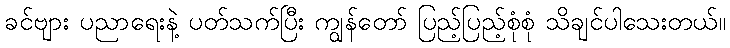
ခင်ဗျား ပညာရေးနဲ့ ပတ်သက်ပြီး ကျွန်တော် ပြည့်ပြည့်စုံစုံ သိချင်ပါသေးတယ်။